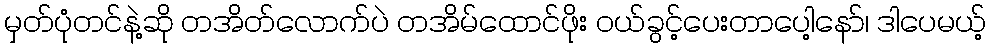
မှတ်ပုံတင်နဲ့ဆို တအိတ်လောက်ပဲ တအိမ်ထောင်ဖိုး ဝယ်ခွင့်ပေးတာပေါ့နော်၊ ဒါပေမယ့်